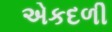
એકદળી